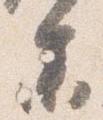
参